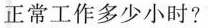
正常工作多少小时?